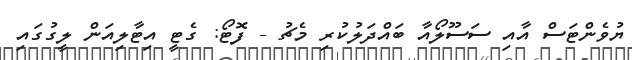
ޔުވެންޓަސް އާއި ސަސޫލޯއާ ބައްދަލުކުރި މެޗު - ފޮޓޯ: ގެޓީ އިޓާލިއަން ލީގުގައި